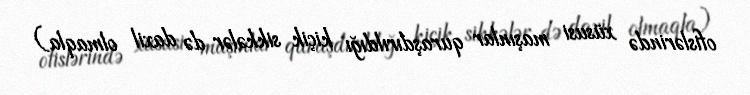
ofislərində xüsusi maşınlar quraşdırıldığı kiçik sikkələr də daxil olmaqla)